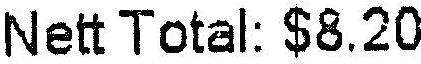
NETT TOTAL: $8.20